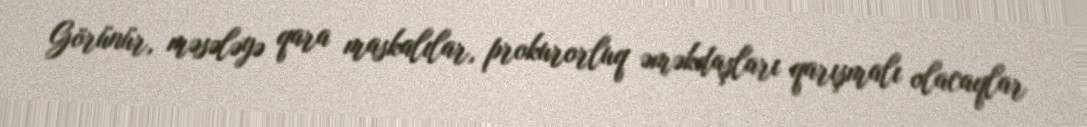
Görünür, məsələyə qara maskalılar, prokurorluq əməkdaşları qarışmalı olacaqlar